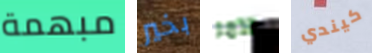
مبهمة بخير الآمر كيندي